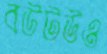
বউটউও